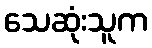
သေဆုံးသူက